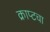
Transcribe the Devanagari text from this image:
क्राप्टचा